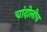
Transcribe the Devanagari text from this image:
चांदोलीच